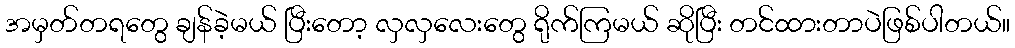
အမှတ်တရတွေ ချန်ခဲ့မယ် ပြီးတော့ လှလှလေးတွေ ရိုက်ကြမယ် ဆိုပြီး တင်ထားတာပဲဖြစ်ပါတယ်။